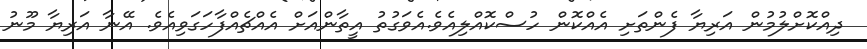
ދިއްކޮށްލުމުން އަރިޔާ ފެންތަށި އެއްކޮން ހުސްކޮއްލިއެވެ.އެވަގުތު އީތާންއަށް އެއްޗެއްފާހަގަވިއެވެ. އޭނާ އަރިޔާ މޫނު